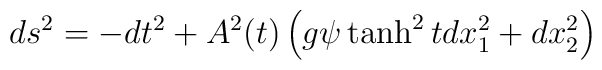
ds^{2} = -dt^{2} + A^{2}(t)\left ( g\psi\tanh^{2} t dx_{1}^{2} + dx_{2}^{2}\right )